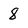
Character: 8